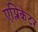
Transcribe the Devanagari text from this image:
एप्लिकेटर